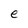
Character: e